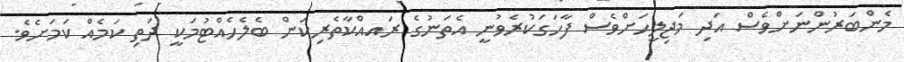
މެންބަރުންނަށްވެސް އަދި މަޖިލީހަށްވެސް ފާހަގަކުރެވުނީ އެތަނުގެ ރައއްކާތެރިކަން ބެލެހެއްޓުމަކީ ދަތި ކަމެއް ކަމަށެވެ.